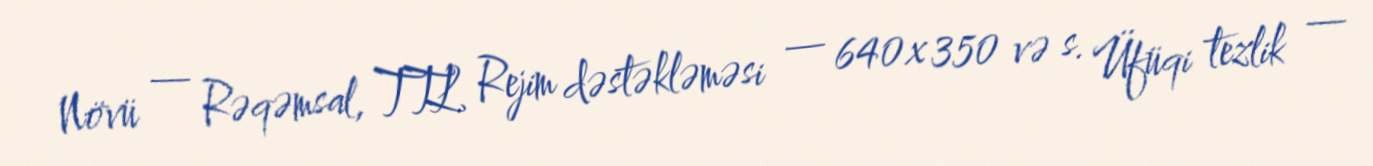
Növü — Rəqəmsal, TTL Rejim dəstəkləməsi — 640×350 və s. Üfüqi tezlik —